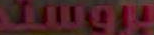
وروست